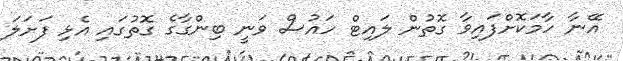
އޭނާ ހާމަކޮށްފައިވާ ގޮތުން ލައިޓް ހައުސް ވަނީ ބިންގާގެ ގޮތުގައި އެޅި ފަށަލަ